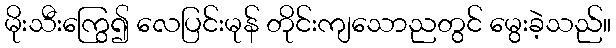
မိုးသီးကြွေ၍ လေပြင်းမုန် တိုင်းကျသောညတွင် မွေးခဲ့သည်။